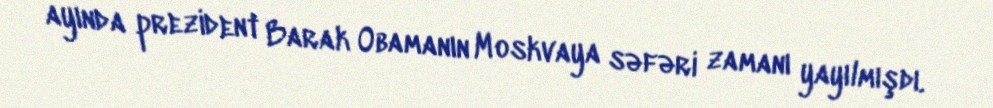
ayında prezident Barak Obamanın Moskvaya səfəri zamanı yayılmışdı.